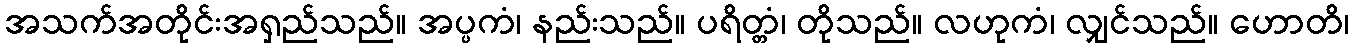
အသက်အတိုင်းအရှည်သည်။ အပ္ပကံ၊ နည်းသည်။ ပရိတ္တံ၊ တိုသည်။ လဟုကံ၊ လျှင်သည်။ ဟောတိ၊